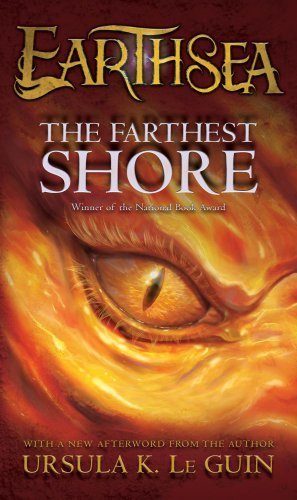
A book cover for The Farthest Shore (The Earthsea Cycle, Book 3); Ursula K. Le Guin; Teen & Young Adult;